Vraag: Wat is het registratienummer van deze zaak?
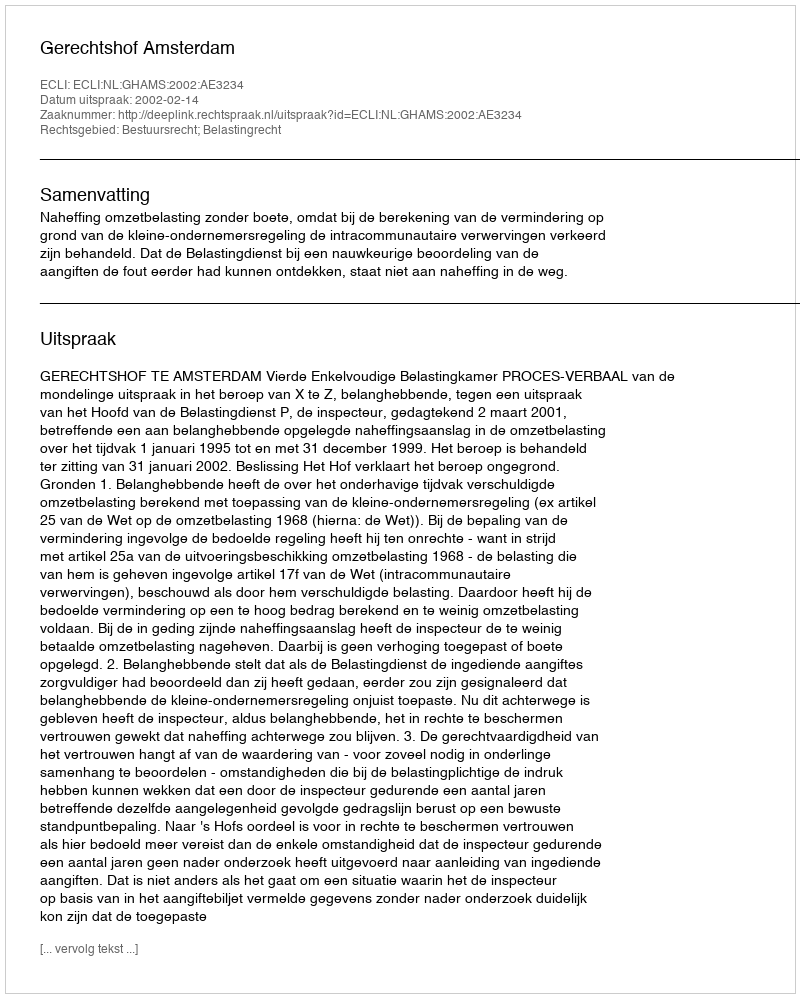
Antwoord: http://deeplink.rechtspraak.nl/uitspraak?id=ECLI:NL:GHAMS:2002:AE3234